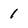
Character: 1